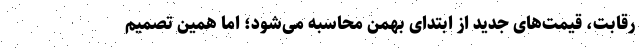
رقابت، قیمت‌های جدید از ابتدای بهمن محاسبه می‌شود؛ اما همین تصمیم